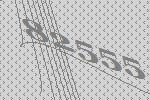
82555